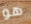
هو